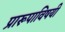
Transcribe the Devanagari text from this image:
प्रारूपाविषयी